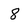
Character: 8